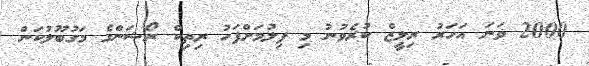
2000 ވަނަ އަހަރު ރިލީޒް ކުރެވުނު މި ފިލުމަށްފަހު ރިތިކް ރޯޝަންގެ މަގުބޫލުކަން